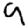
Digit: 9